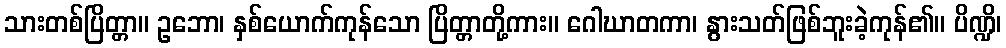
သားတစ်ပြိတ္တာ။ ဥဘော၊ နှစ်ယောက်ကုန်သော ပြိတ္တာတို့ကား။ ဂေါဃာတကာ၊ နွားသတ်ဖြစ်ဘူးခဲ့ကုန်၏။ ပိဏ္ဍိ၊